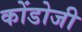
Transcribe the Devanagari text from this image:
कोंडोजी